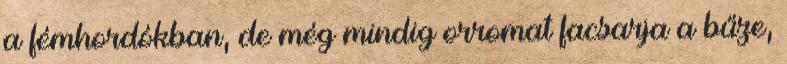
a fémhordókban, de még mindig orromat facsarja a bűze,